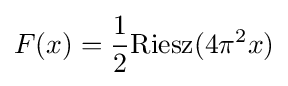
F(x)={\frac {1}{2}}{\rm {Riesz}}(4\pi ^{2}x)